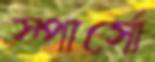
স্পার্সো